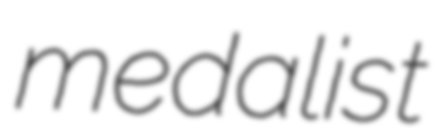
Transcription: medalist